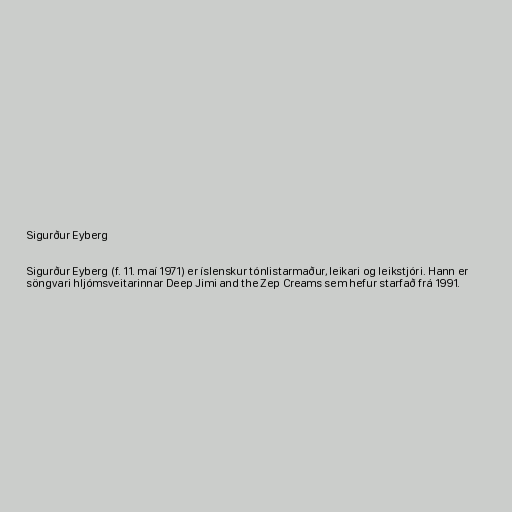
Sigurður Eyberg

Sigurður Eyberg (f. 11. maí 1971) er íslenskur tónlistarmaður, leikari og leikstjóri. Hann er
söngvari hljómsveitarinnar Deep Jimi and the Zep Creams sem hefur starfað frá 1991.